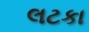
લટકા